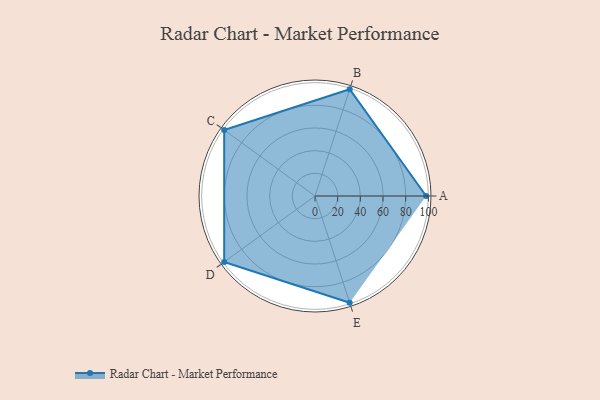
{"axis": {"x": "Skill", "y": "Score"}, "legend": ["Profile"], "data": [{"x": "A", "y": 98.0, "type": "Profile"}, {"x": "B", "y": 99, "type": "Profile"}, {"x": "C", "y": 99, "type": "Profile"}, {"x": "D", "y": 99, "type": "Profile"}, {"x": "E", "y": 99, "type": "Profile"}]}